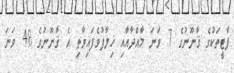
ޕާޓީތަކުގެ ޤާނޫނުގެ 7 ވަނަ މާއްދާއާއި ޚިލާފުވެފައިވާތި އެ ޤާނޫނުގެ 48 ވަނަ